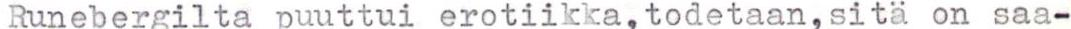
Runebergilta puuttui erotiikka,todetaan,sitä on saa-